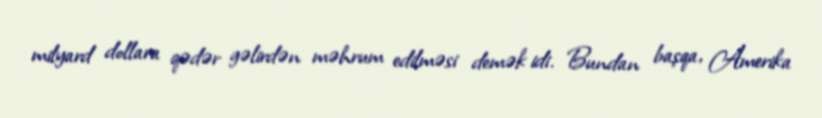
milyard dollara qədər gəlirdən məhrum edilməsi demək idi. Bundan başqa, Amerika